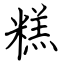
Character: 糕